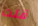
قلت